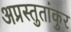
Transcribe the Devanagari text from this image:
अप्रस्तुतांकुर